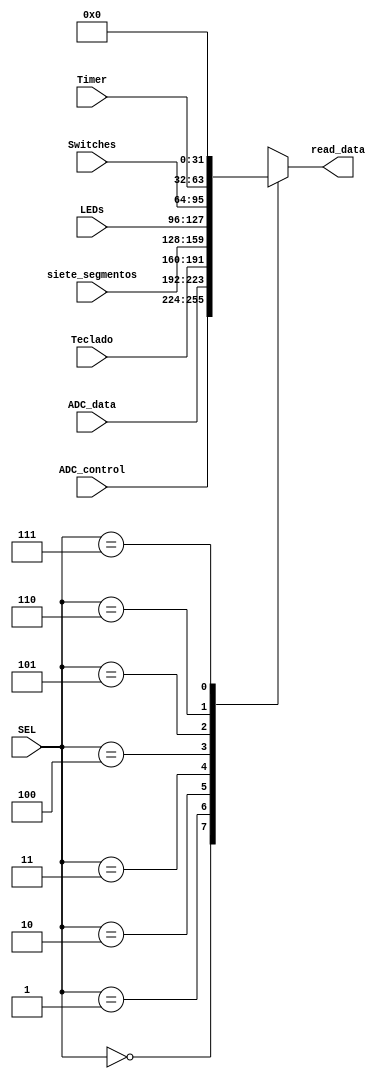
module read_MUX_B (input [2:0]SEL, 
                   input [31:0] ADC_control, ADC_data, Teclado, siete_segmentos, LEDs, Switches, Timer,
                   output reg [31:0]read_data); //La seleccin depende de los bits [4:2] de la direccin
always @(*) begin
    case (SEL) 
        0:read_data=ADC_control;
        1:read_data=ADC_data;
        2:read_data=Teclado;
        3:read_data=siete_segmentos;
        4:read_data=LEDs;
        5:read_data=Switches;
        6:read_data=Timer;
        7:read_data=32'b0;
    endcase
end
                   
endmodule